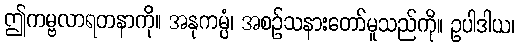
ဤကမ္ဗလာရတနာကို။ အနုကမ္ပံ၊ အစဉ်သနားတော်မူသည်ကို။ ဥပါဒါယ၊